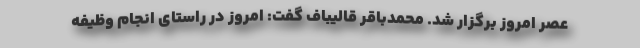
عصر امروز برگزار شد. محمدباقر قالیباف گفت: امروز در راستای انجام وظیفه